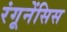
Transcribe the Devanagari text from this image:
रंगूनेंसिस